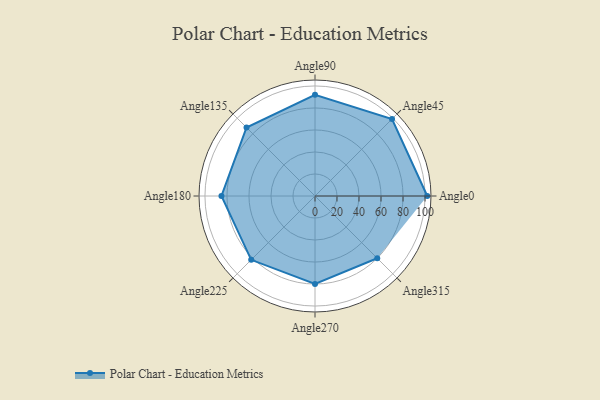
{"axis": {"x": "Angle", "y": "Radius"}, "legend": [""], "data": [{"x": "Angle0", "y": 102.0, "type": ""}, {"x": "Angle45", "y": 99.0, "type": ""}, {"x": "Angle90", "y": 92.0, "type": ""}, {"x": "Angle135", "y": 88.0, "type": ""}, {"x": "Angle180", "y": 85.0, "type": ""}, {"x": "Angle225", "y": 82.0, "type": ""}, {"x": "Angle270", "y": 80.0, "type": ""}, {"x": "Angle315", "y": 80.0, "type": ""}]}